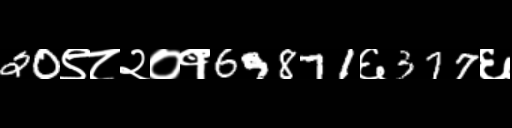
Text: 20९८२०१69871६377६